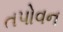
તપોવન